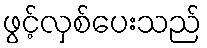
ဖွင့်လှစ်ပေးသည်